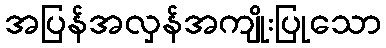
အပြန်အလှန်အကျိုးပြုသော